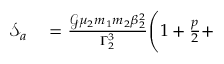
\begin{array} { r l } { \mathcal { S } _ { a } } & { { } = \frac { \mathcal { G } \mu _ { 2 } m _ { 1 } m _ { 2 } \beta _ { 2 } ^ { 2 } } { \Gamma _ { 2 } ^ { 3 } } \Bigg ( 1 + \frac { p } { 2 } + } \end{array}